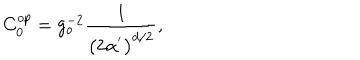
C _ { 0 } ^ { o p } = g _ { o } ^ { - 2 } \frac { 1 } { \left( 2 \alpha ^ { ^ { \prime } } \right) ^ { d / 2 } } ,